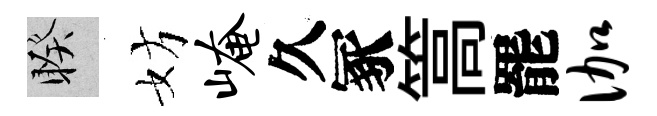
睽妨崦久冢篙罷伽